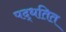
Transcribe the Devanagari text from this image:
पद्धतित